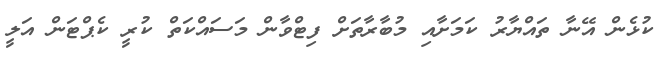
ކުޅެން އޭނާ ތައްޔާރު ކަމަށާއި މުބާރާތަށް ފިޓްވާން މަސައްކަތް ކުރީ ކެޕްޓަން އަލީ